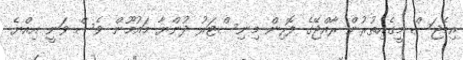
އިމޭޖަސް މީގެއިތުރުން ރާއްޖޭގެ ފޮރިން މިނިސްޓަރު ދުންޔާ މައުމޫން ވެސް ވަނީ އިއްޔެ